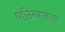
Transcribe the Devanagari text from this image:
पाठिंब्यानंतर